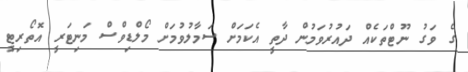
ގެ ވަގު ނޫޓްތަކެއް ދައުރުވަމުން ދާތީ އެކަމަށް ސަމާލުވުމަށް މޯލްޑިވްސް މަނިޓަރީ އޮތޯރިޓީ